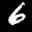
Label: 6